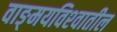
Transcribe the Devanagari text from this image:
वाङ्‌मयविश्‍वातील